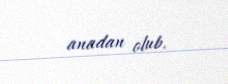
anadan olub.